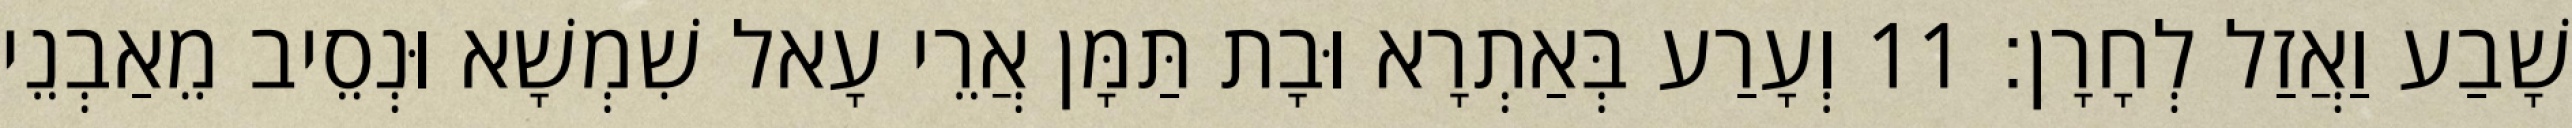
שָׁבַע וַאֲזַל לְחָרָן׃ 11 וְעָרַע בְּאַתְרָא וּבָת תַּמָּן אֲרֵי עָאל שִׁמְשָׁא וּנְסֵיב מֵאַבְנֵי